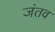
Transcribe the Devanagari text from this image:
जंतव